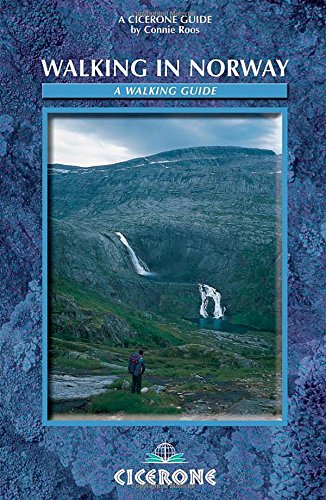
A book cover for Walking in Norway (Cicerone Guides); Connie Roos; Travel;